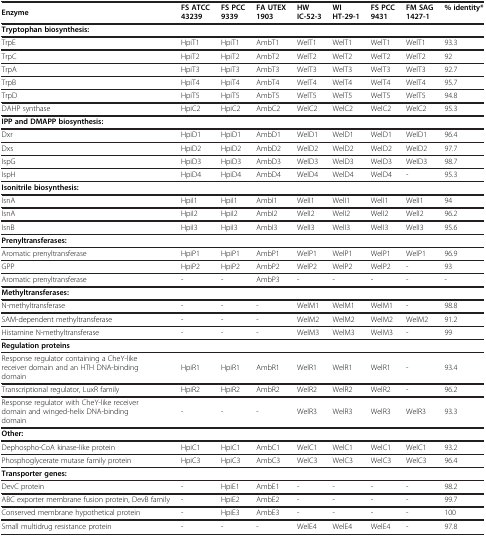
<table><thead><tr><td><b>Enzyme</b></td><td><b>FS ATCC 43239</b></td><td><b>FS PCC 9339</b></td><td><b>FA UTEX 1903</b></td><td><b>HW IC-52-3</b></td><td><b>WI HT-29-1</b></td><td><b>FS PCC 9431</b></td><td><b>FM SAG 1427-1</b></td><td><b>% identity*</b></td></tr></thead><tbody><tr><td><b>Tryptophan biosynthesis:</b></td><td> </td><td> </td><td> </td><td> </td><td> </td><td> </td><td> </td><td> </td></tr><tr><td>TrpE</td><td>HpiT1</td><td>HpiT1</td><td>AmbT1</td><td>WelT1</td><td>WelT1</td><td>WelT1</td><td>WelT1</td><td>93.3</td></tr><tr><td>TrpC</td><td>HpiT2</td><td>HpiT2</td><td>AmbT2</td><td>WelT2</td><td>WelT2</td><td>WelT2</td><td>WelT2</td><td>92</td></tr><tr><td>TrpA</td><td>HpiT3</td><td>HpiT3</td><td>AmbT3</td><td>WelT3</td><td>WelT3</td><td>WelT3</td><td>WelT3</td><td>92.7</td></tr><tr><td>TrpB</td><td>HpiT4</td><td>HpiT4</td><td>AmbT4</td><td>WelT4</td><td>WelT4</td><td>WelT4</td><td>WelT4</td><td>95.7</td></tr><tr><td>TrpD</td><td>HpiT5</td><td>HpiT5</td><td>AmbT5</td><td>WelT5</td><td>WelT5</td><td>WelT5</td><td>WelT5</td><td>94.8</td></tr><tr><td>DAHP synthase</td><td>HpiC2</td><td>HpiC2</td><td>AmbC2</td><td>WelC2</td><td>WelC2</td><td>WelC2</td><td>WelC2</td><td>95.3</td></tr><tr><td><b>IPP and DMAPP biosynthesis:</b></td><td> </td><td> </td><td> </td><td> </td><td> </td><td> </td><td> </td><td> </td></tr><tr><td>Dxr</td><td>HpiD1</td><td>HpiD1</td><td>AmbD1</td><td>WelD1</td><td>WelD1</td><td>WelD1</td><td>WelD1</td><td>96.4</td></tr><tr><td>Dxs</td><td>HpiD2</td><td>HpiD2</td><td>AmbD2</td><td>WelD2</td><td>WelD2</td><td>WelD2</td><td>WelD2</td><td>97.7</td></tr><tr><td>IspG</td><td>HpiD3</td><td>HpiD3</td><td>AmbD3</td><td>WelD3</td><td>WelD3</td><td>WelD3</td><td>WelD3</td><td>98.7</td></tr><tr><td>IspH</td><td>HpiD4</td><td>HpiD4</td><td>AmbD4</td><td>WelD4</td><td>WelD4</td><td>WelD4</td><td>-</td><td>95.3</td></tr><tr><td><b>Isonitrile biosynthesis:</b></td><td> </td><td> </td><td> </td><td> </td><td> </td><td> </td><td> </td><td> </td></tr><tr><td>IsnA</td><td>HpiI1</td><td>HpiI1</td><td>AmbI1</td><td>WelI1</td><td>WelI1</td><td>WelI1</td><td>WelI1</td><td>94</td></tr><tr><td>IsnA</td><td>HpiI2</td><td>HpiI2</td><td>AmbI2</td><td>WelI2</td><td>WelI2</td><td>WelI2</td><td>WelI2</td><td>96.2</td></tr><tr><td>IsnB</td><td>HpiI3</td><td>HpiI3</td><td>AmbI3</td><td>WelI3</td><td>WelI3</td><td>WelI3</td><td>WelI3</td><td>95.6</td></tr><tr><td><b>Prenyltransferases:</b></td><td> </td><td> </td><td> </td><td> </td><td> </td><td> </td><td> </td><td> </td></tr><tr><td>Aromatic prenyltransferase</td><td>HpiP1</td><td>HpiP1</td><td>AmbP1</td><td>WelP1</td><td>WelP1</td><td>WelP1</td><td>WelP1</td><td>96.9</td></tr><tr><td>GPP</td><td>HpiP2</td><td>HpiP2</td><td>AmbP2</td><td>WelP2</td><td>WelP2</td><td>WelP2</td><td>-</td><td>93</td></tr><tr><td>Aromatic prenyltransferase</td><td>-</td><td>-</td><td>AmbP3</td><td>-</td><td>-</td><td>-</td><td>-</td><td>-</td></tr><tr><td><b>Methyltransferases:</b></td><td> </td><td> </td><td> </td><td> </td><td> </td><td> </td><td> </td><td> </td></tr><tr><td>N-methyltransferase</td><td>-</td><td>-</td><td>-</td><td>WelM1</td><td>WelM1</td><td>WelM1</td><td>-</td><td>98.8</td></tr><tr><td>SAM-dependent methyltransferase</td><td>-</td><td>-</td><td>-</td><td>WelM2</td><td>WelM2</td><td>WelM2</td><td>WelM2</td><td>91.2</td></tr><tr><td>Histamine N-methyltransferase</td><td>-</td><td>-</td><td>-</td><td>WelM3</td><td>WelM3</td><td>WelM3</td><td>-</td><td>99</td></tr><tr><td><b>Regulation proteins</b></td><td> </td><td> </td><td> </td><td> </td><td> </td><td> </td><td> </td><td> </td></tr><tr><td>Response regulator containing a CheY-like receiver domain and an HTH DNA-binding domain</td><td>HpiR1</td><td>HpiR1</td><td>AmbR1</td><td>WelR1</td><td>WelR1</td><td>WelR1</td><td>-</td><td>93.4</td></tr><tr><td>Transcriptional regulator, LuxR family</td><td>HpiR2</td><td>HpiR2</td><td>AmbR2</td><td>WelR2</td><td>WelR2</td><td>WelR2</td><td>-</td><td>96.2</td></tr><tr><td>Response regulator with CheY-like receiver domain and winged-helix DNA-binding domain</td><td>-</td><td>-</td><td>-</td><td>WelR3</td><td>WelR3</td><td>WelR3</td><td>WelR3</td><td>93.3</td></tr><tr><td><b>Other:</b></td><td> </td><td> </td><td> </td><td> </td><td> </td><td> </td><td> </td><td> </td></tr><tr><td>Dephospho-CoA kinase-like protein</td><td>HpiC1</td><td>HpiC1</td><td>AmbC1</td><td>WelC1</td><td>WelC1</td><td>WelC1</td><td>WelC1</td><td>93.2</td></tr><tr><td>Phosphoglycerate mutase family protein</td><td>HpiC3</td><td>HpiC3</td><td>AmbC3</td><td>WelC3</td><td>WelC3</td><td>WelC3</td><td>WelC3</td><td>96.4</td></tr><tr><td><b>Transporter genes:</b></td><td> </td><td> </td><td> </td><td> </td><td> </td><td> </td><td> </td><td> </td></tr><tr><td>DevC protein</td><td>-</td><td>HpiE1</td><td>AmbE1</td><td>-</td><td>-</td><td>-</td><td>-</td><td>98.2</td></tr><tr><td>ABC exporter membrane fusion protein, DevB family</td><td>-</td><td>HpiE2</td><td>AmbE2</td><td>-</td><td>-</td><td>-</td><td>-</td><td>99.7</td></tr><tr><td>Conserved membrane hypothetical protein</td><td>-</td><td>HpiE3</td><td>AmbE3</td><td>-</td><td>-</td><td>-</td><td>-</td><td>100</td></tr><tr><td>Small multidrug resistance protein</td><td>-</td><td>-</td><td>-</td><td>WelE4</td><td>WelE4</td><td>WelE4</td><td>-</td><td>97.8</td></tr></tbody></table>